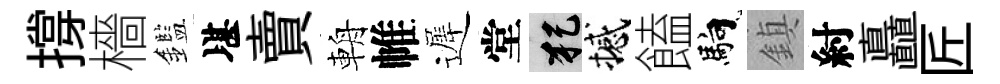
撐檣鑑堪賣輈帷遲堂犯撼饁馿鎮紂矗匠